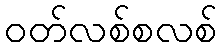
ဝတ်လစ်စလစ်